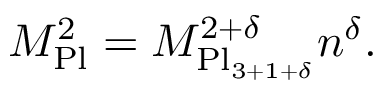
M _ { \mathrm { P l } } ^ { 2 } = M _ { \mathrm { P l } _ { 3 + 1 + \delta } } ^ { 2 + \delta } n ^ { \delta } .